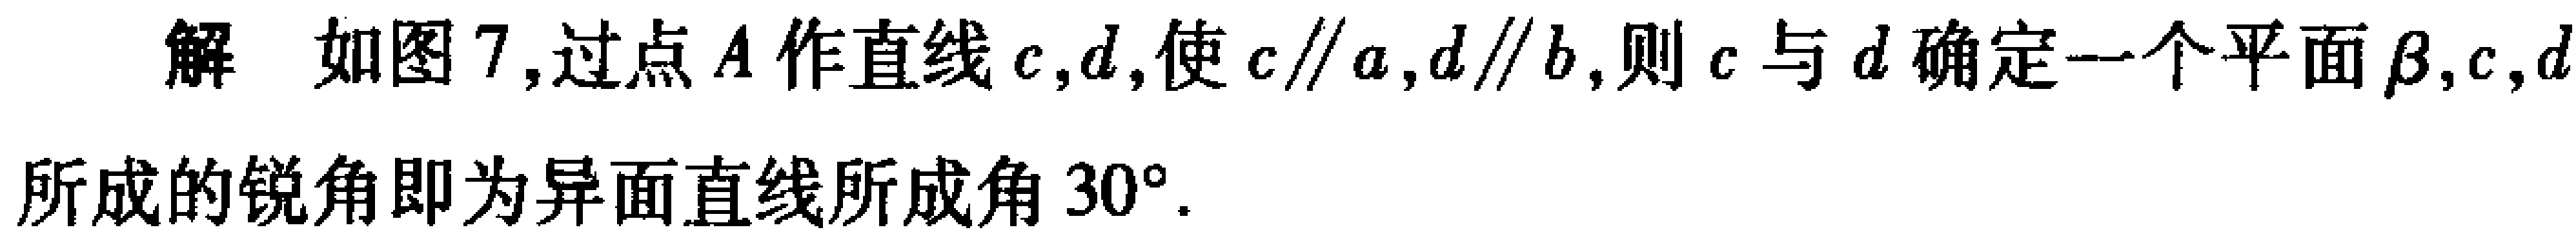
解 如图7,过点\(A\)作直线\(c,d\),使\(c\parallel a,d\parallel b\),则\(c\)与\(d\)确定一个平面\(\beta\),\(c,d\)所成的锐角即为异面直线所成角\(30^{\circ}\).